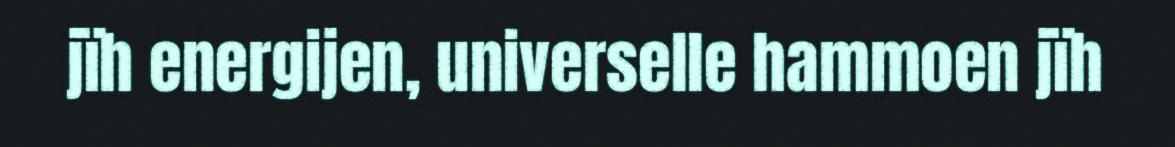
jïh energijen, universelle hammoen jïh